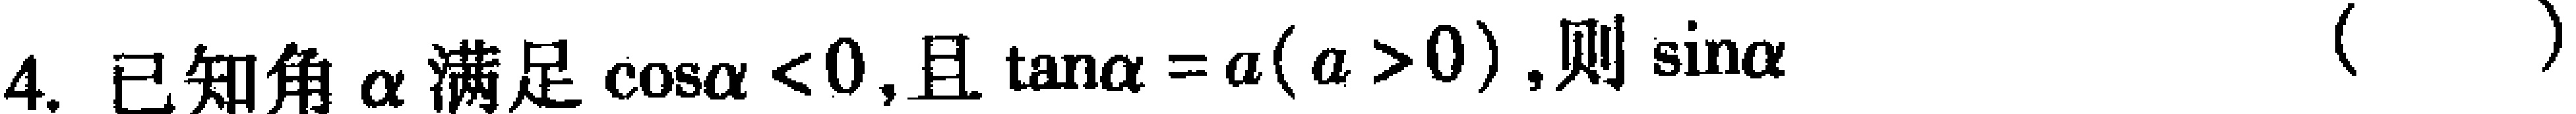
4. 已知角\(\alpha\)满足\(\cos\alpha < 0\)，且\(\tan\alpha = a(a > 0)\)，则\(\sin\alpha\)（  ）